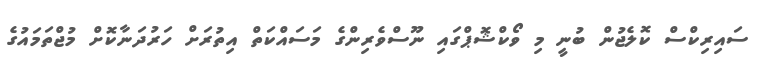
ސައިރިކްސް ކޮލެޖުން ބުނީ މި ވޯކްޝޮޕްގައި ނޫސްވެރިންގެ މަސައްކަތް އިތުރަށް ހަރުދަނާކޮށް މުޖްތަމައުގެ